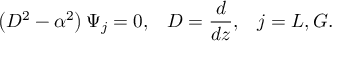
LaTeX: \left( D ^ { 2 } - \alpha ^ { 2 } \right) \Psi _ { j } = 0 , \, \, \, \ D = { \frac { d } { d z } } , \, \, \, \ j = L , G .